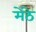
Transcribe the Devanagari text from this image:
मेंठे